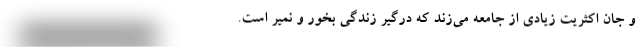
و جان اکثریت زیادی از جامعه می‌زند که درگیر زندگی بخور و نمیر است.